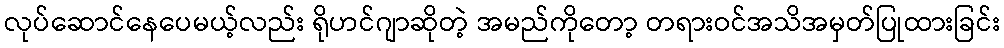
လုပ်ဆောင်နေပေမယ့်လည်း ရိုဟင်ဂျာဆိုတဲ့ အမည်ကိုတော့ တရားဝင်အသိအမှတ်ပြုထားခြင်း